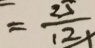
= \frac { 2 5 } { 1 2 }